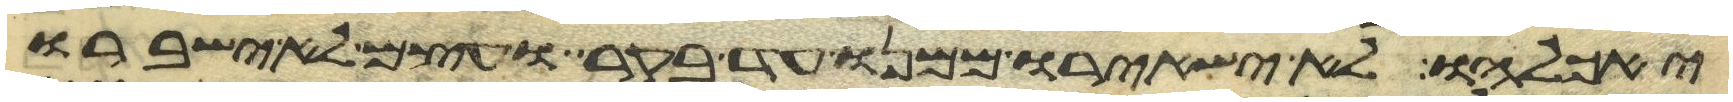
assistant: יאכלהו לא ישאירו ממנו עד בקר ועצם לא ישברו